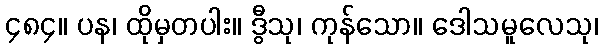
၄၈၄။ ပန၊ ထိုမှတပါး။ ဒွီသု၊ ကုန်သော။ ဒေါသမူလေသု၊